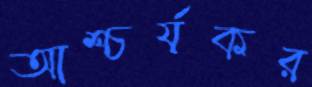
আশ্চর্যকর